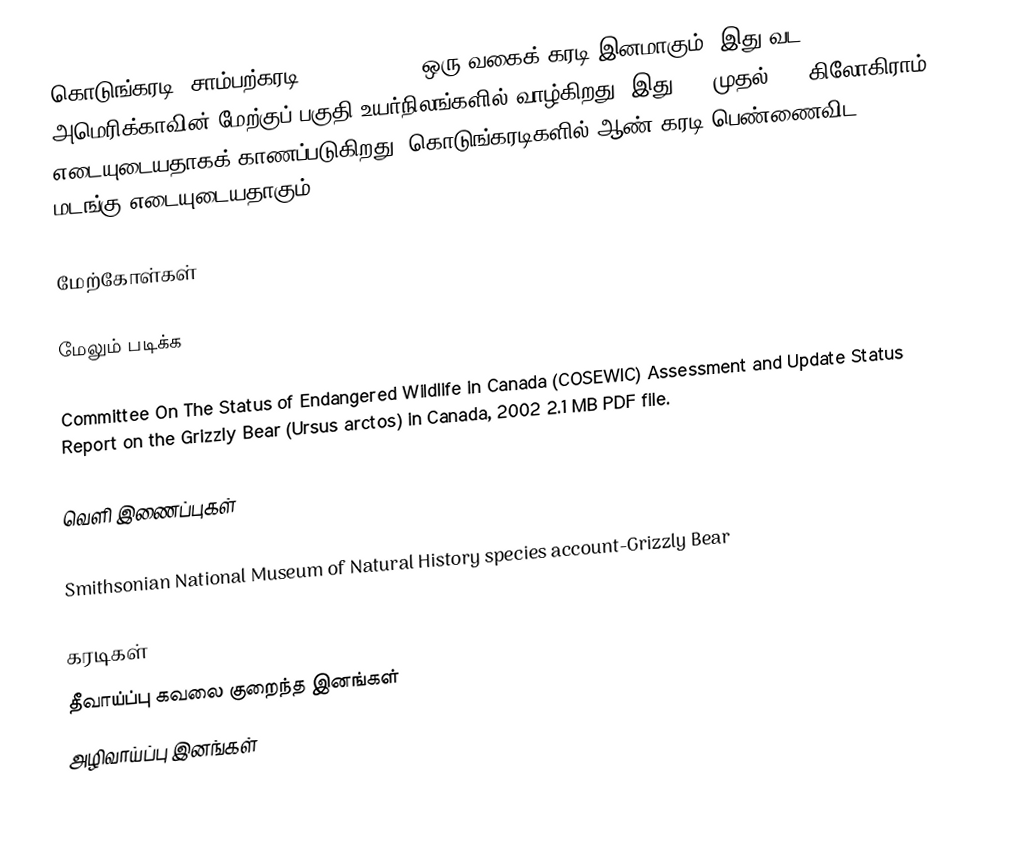
கொடுங்கரடி /சாம்பற்கரடி(Grizzly bear) ஒரு வகைக் கரடி இனமாகும். இது வட அமெரிக்காவின் மேற்குப் பகுதி உயர்நிலங்களில் வாழ்கிறது. இது 180 முதல் 680 கிலோகிராம் எடையுடையதாகக் காணப்படுகிறது. கொடுங்கரடிகளில் ஆண் கரடி பெண்ணைவிட 1.8 மடங்கு எடையுடையதாகும்.

மேற்கோள்கள்

மேலும் படிக்க

Committee On The Status of Endangered Wildlife in Canada (COSEWIC) Assessment and Update Status Report on the Grizzly Bear (Ursus arctos) in Canada, 2002 2.1 MB PDF file.

வெளி இணைப்புகள்

Smithsonian National Museum of Natural History species account-Grizzly Bear

கரடிகள்
தீவாய்ப்பு கவலை குறைந்த இனங்கள்
அழிவாய்ப்பு இனங்கள்